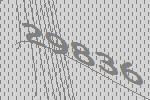
29836